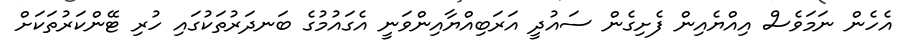
އެހެން ނަމަވެސް އިއްޔެއިން ފެށިގެން ސައުދީ އަރަބިއްޔާއިންވަނީ އެގައުމުގެ ބަނދަރުތަކުގައި ހުރި ޓޭންކަރުތަކަށް